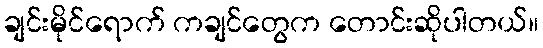
ချင်းမိုင်ရောက် ကချင်တွေက တောင်းဆိုပါတယ်။